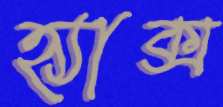
হ্যাক্স